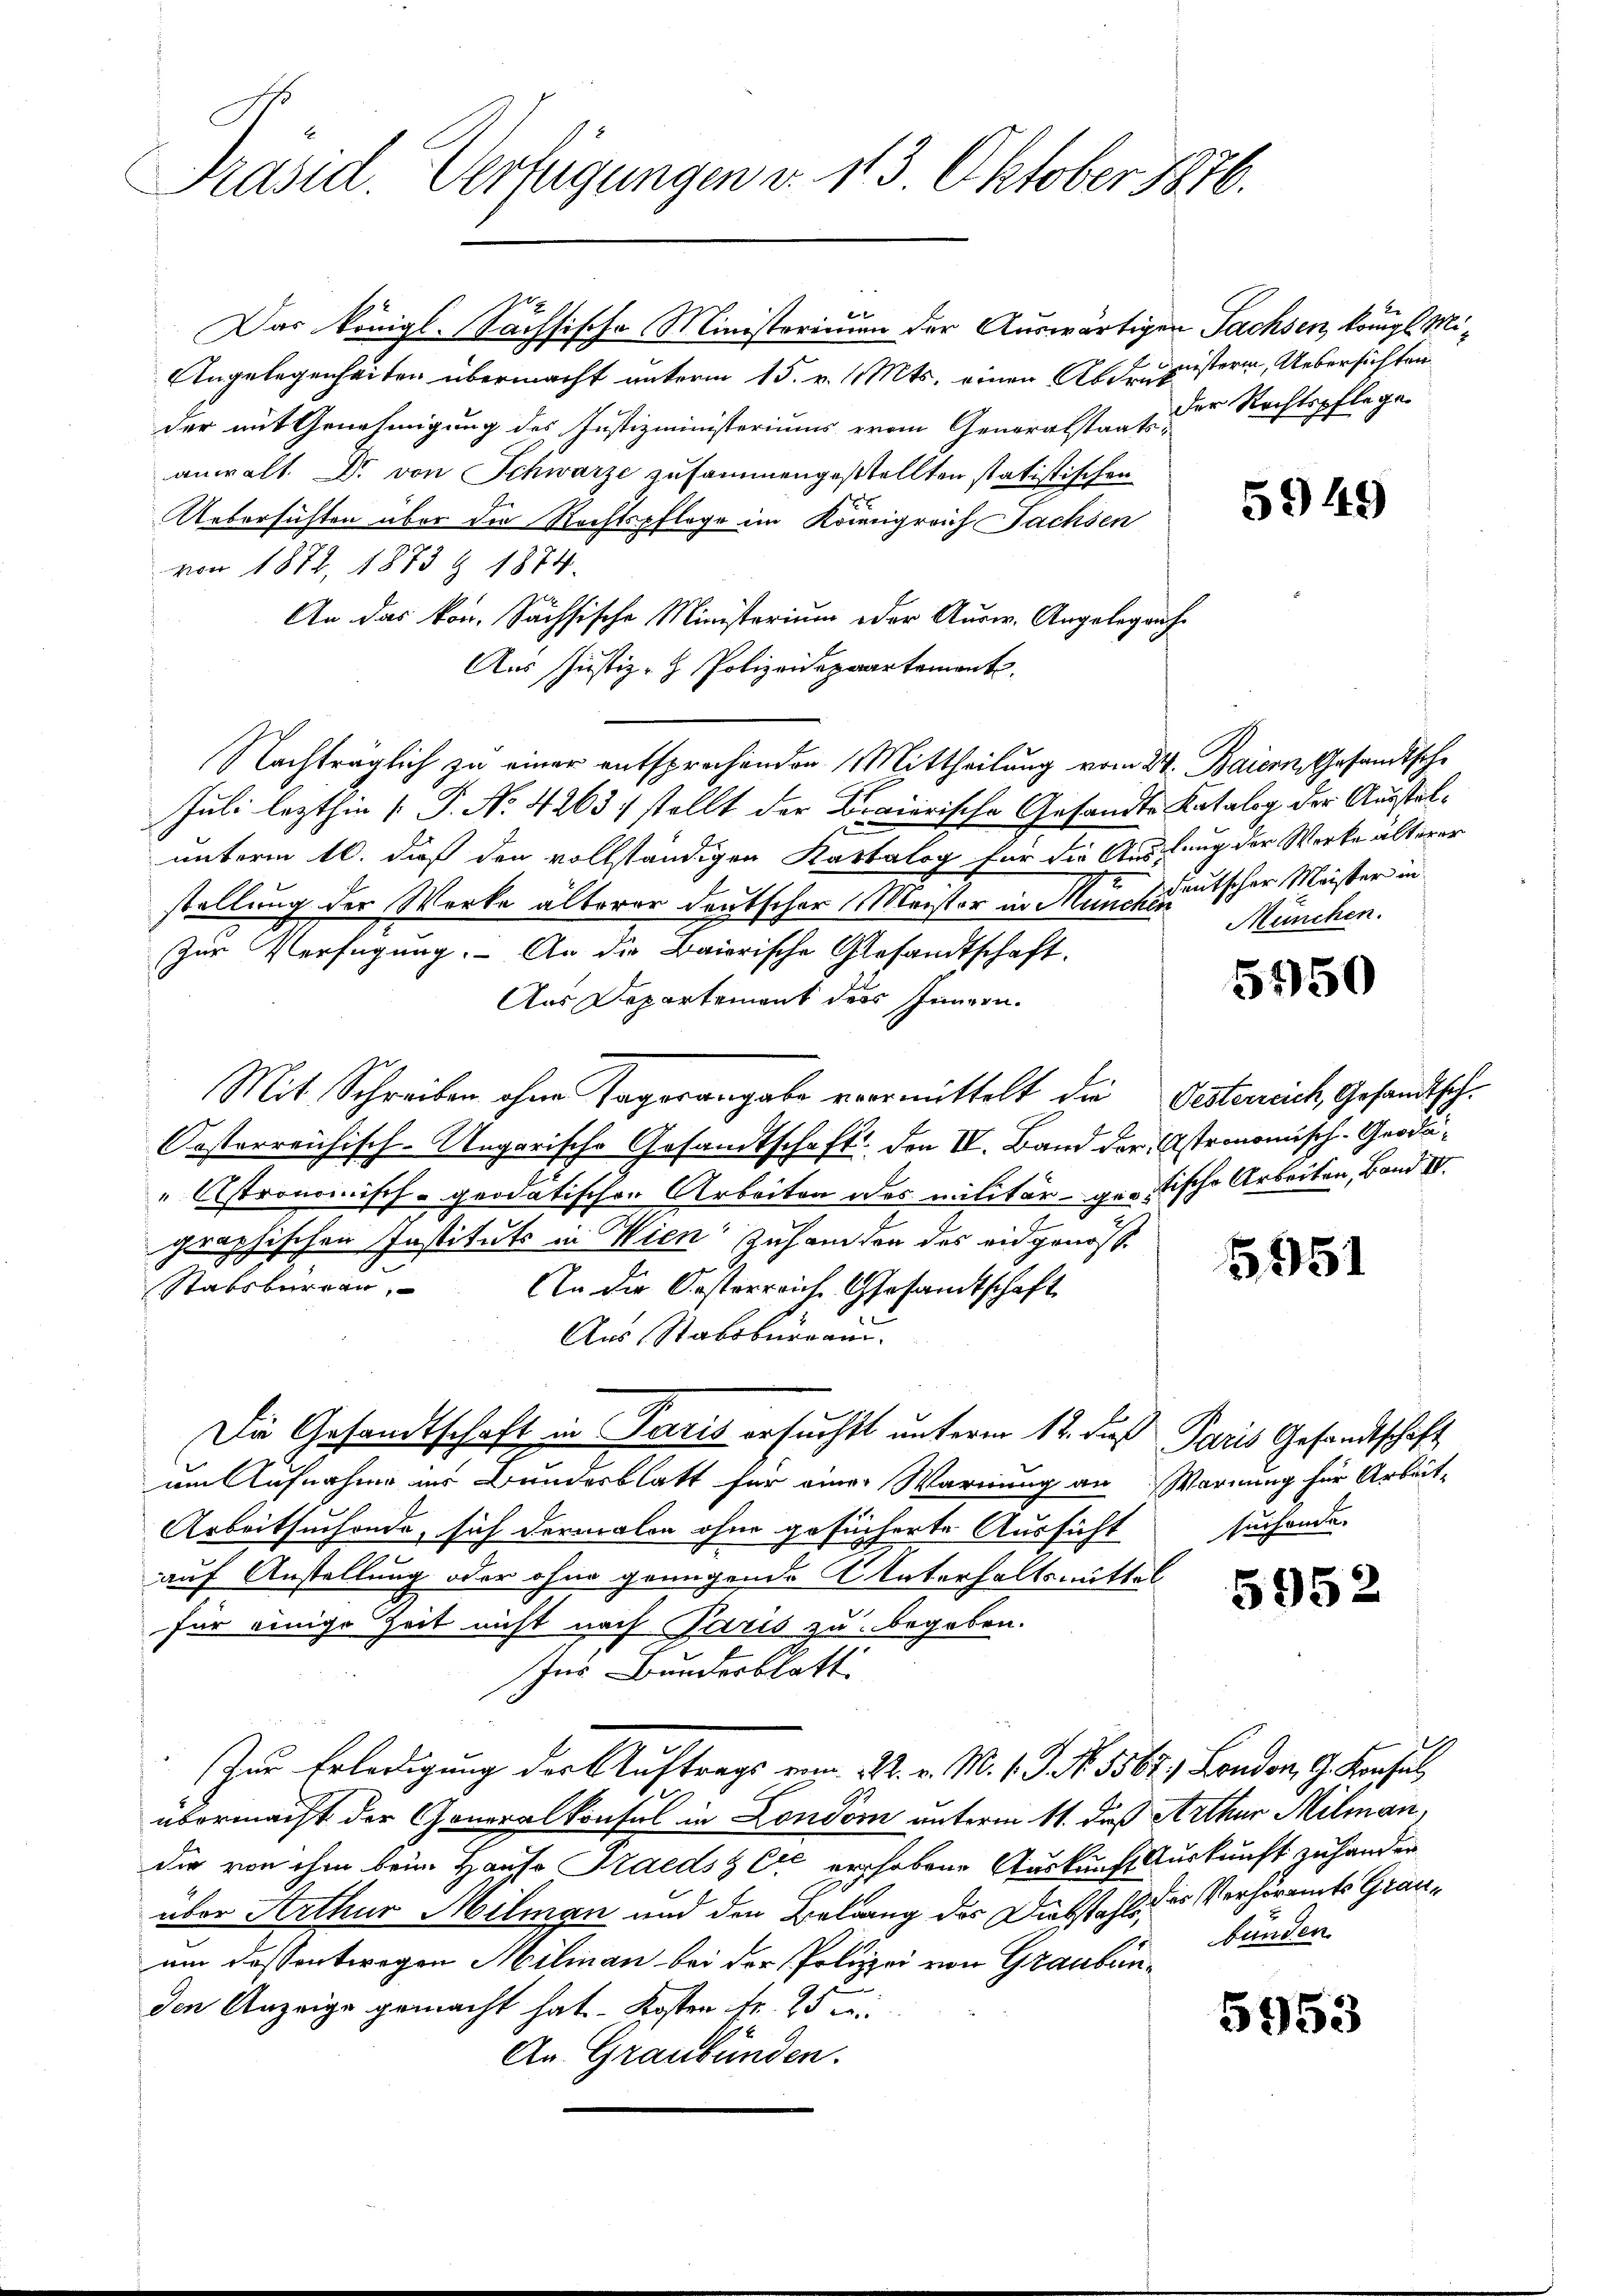
E
Präsid. Verfügungen d. 113. Oktober 1876.

Das königl. Sachsische Ministerimum der Auswärtigen Sachsen, königl. Mi¬
Angelegenheiten übermacht unterm 15. v. Mts. einen Abdrukisteri, Uebersichten
der mit Genehmigung des Justizministeriums vom Generalstaat der Rechtspflege-
anwalt. Dr. von Schwarze zusammengestellten statistischen
Uebersichten über die Rechtspflege im Königreich Fachsen
von 1872, 1873 § 1874.
An das kon. Sächsische Ministerium oder Ausw. Angelegang
Aus Justiz- & Polizeidepartemont.
Nachträglich zu einer entsprochenden Mittheilung vom 24. Baiern, Gesandtsche
Juli lezthin (T. No 4263. stellt der Diaierische Gesandte Katalog der Ausstelunterm 16. daß den vollständigen Kartalog für die Auslang der Werke älterer
stellung der Werke älterer Deutscher Meister in Menscheutscher Meister in
zur Verfügung. An die Baierische Gesandtschaft.
Aus Departement des Inngen.
Mit Schreiben ohne Tagorangabe vormittelt die Oesterreich Gesandtsch¬
Kosterreichisch-Ungarische Gesandtschaft den II. Band der Astronomisch-Groda¬
Astronomisch-geodatischen Arbeiten des militärgerische Arbeiten, Band IV.
graphischen Instituts in Wien zuhanden des eidgenoss
Stabsbureau,
An die Oesterreiche Gesamtschaft
Aus Stabsburgau.
Die Gesandtschaft in Paris ersucht unterm 12. daß Paris Gesandtschaft
um Aufnahme in Bundesblatt für einer Warnung an Warnung für Arbeit-
Arbeitsuchende, sich dermalen ohne gesucherte Aussicht
auf Anstellung oder ohne grungende Unterhaltsmittel
für einige Zeit nicht nach Paris zu begeben.
Ins Bundesblatt
Zur Erledigung der Auftrags vom 22. v. M. 1. J. No. 5567. London, G. Konsul,
übermacht der Generalkonsul in London unterm 11. daß Arthur Milman,
Die von ihm beim Hause Praedsz Cre erhobene Auskunft Auskunft zu hander
über Arthur Milman und den Belang des Diebstahls des Verhöramts Grauam dessentwegen Milian bei der Polizei von Graubünden Anzeige gemacht hat. Kosten fr. 25 mi
An Graubünden.

5949)

München.

5550

5951

suchende

5952

bunden.

5953